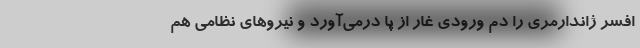
افسر ژاندارمری را دم ورودی غار از پا درمی‌آورد و نیروهای نظامی هم